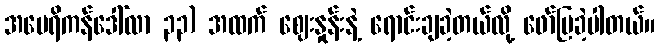
အမေရိကန်ဒေါ်လာ ၃၃) အထက် ဈေးနှုန်းနဲ့ ရောင်းချခဲ့တယ်လို့ ဖော်ပြခဲ့ပါတယ်။